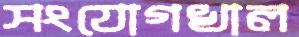
সংযোগখাল